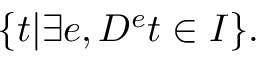
\{ t | \exists e , D ^ { e } t \in I \} .